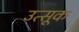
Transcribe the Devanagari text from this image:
उत्सूक